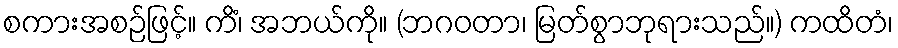
စကားအစဉ်ဖြင့်။ ကိံ၊ အဘယ်ကို။ (ဘဂဝတာ၊ မြတ်စွာဘုရားသည်။) ကထိတံ၊